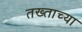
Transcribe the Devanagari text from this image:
तख्ताच्या